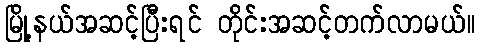
မြို့နယ်အဆင့်ပြီးရင် တိုင်းအဆင့်တက်လာမယ်။